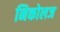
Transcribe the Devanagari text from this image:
निकोलज